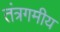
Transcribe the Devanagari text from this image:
तंत्रगमीय